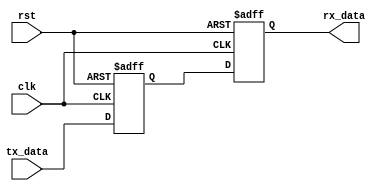
module Ethernet_Controller (
    input wire clk,
    input wire rst,
    input wire [7:0] tx_data,
    output reg [7:0] rx_data
);

    // Timing control and synchronization logic
    reg [7:0] tx_data_sync;
    
    always @(posedge clk or posedge rst) begin
        if (rst) begin
            tx_data_sync <= 8'h00;
            rx_data <= 8'h00;
        end else begin
            tx_data_sync <= tx_data;
            rx_data <= tx_data_sync;
        end
    end
    
endmodule